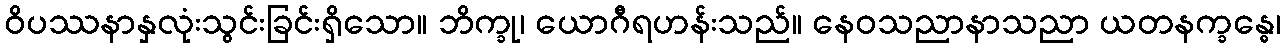
ဝိပဿနာနှလုံးသွင်းခြင်းရှိသော။ ဘိက္ခု၊ ယောဂီရဟန်းသည်။ နေဝသညာနာသညာ ယတနက္ခန္ဓေ၊